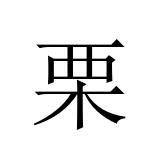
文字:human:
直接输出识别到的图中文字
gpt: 栗